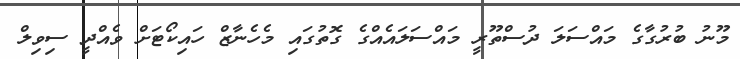
މޫނު ބުރުގާގެ މައްސަލަ ދުސްތޫރީ މައްސަލައެއްގެ ގޮތުގައި މެހެނާޒް ހައިކޯޓަށް ވެއްދީ ސިވިލް